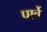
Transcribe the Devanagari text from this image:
पार्वे